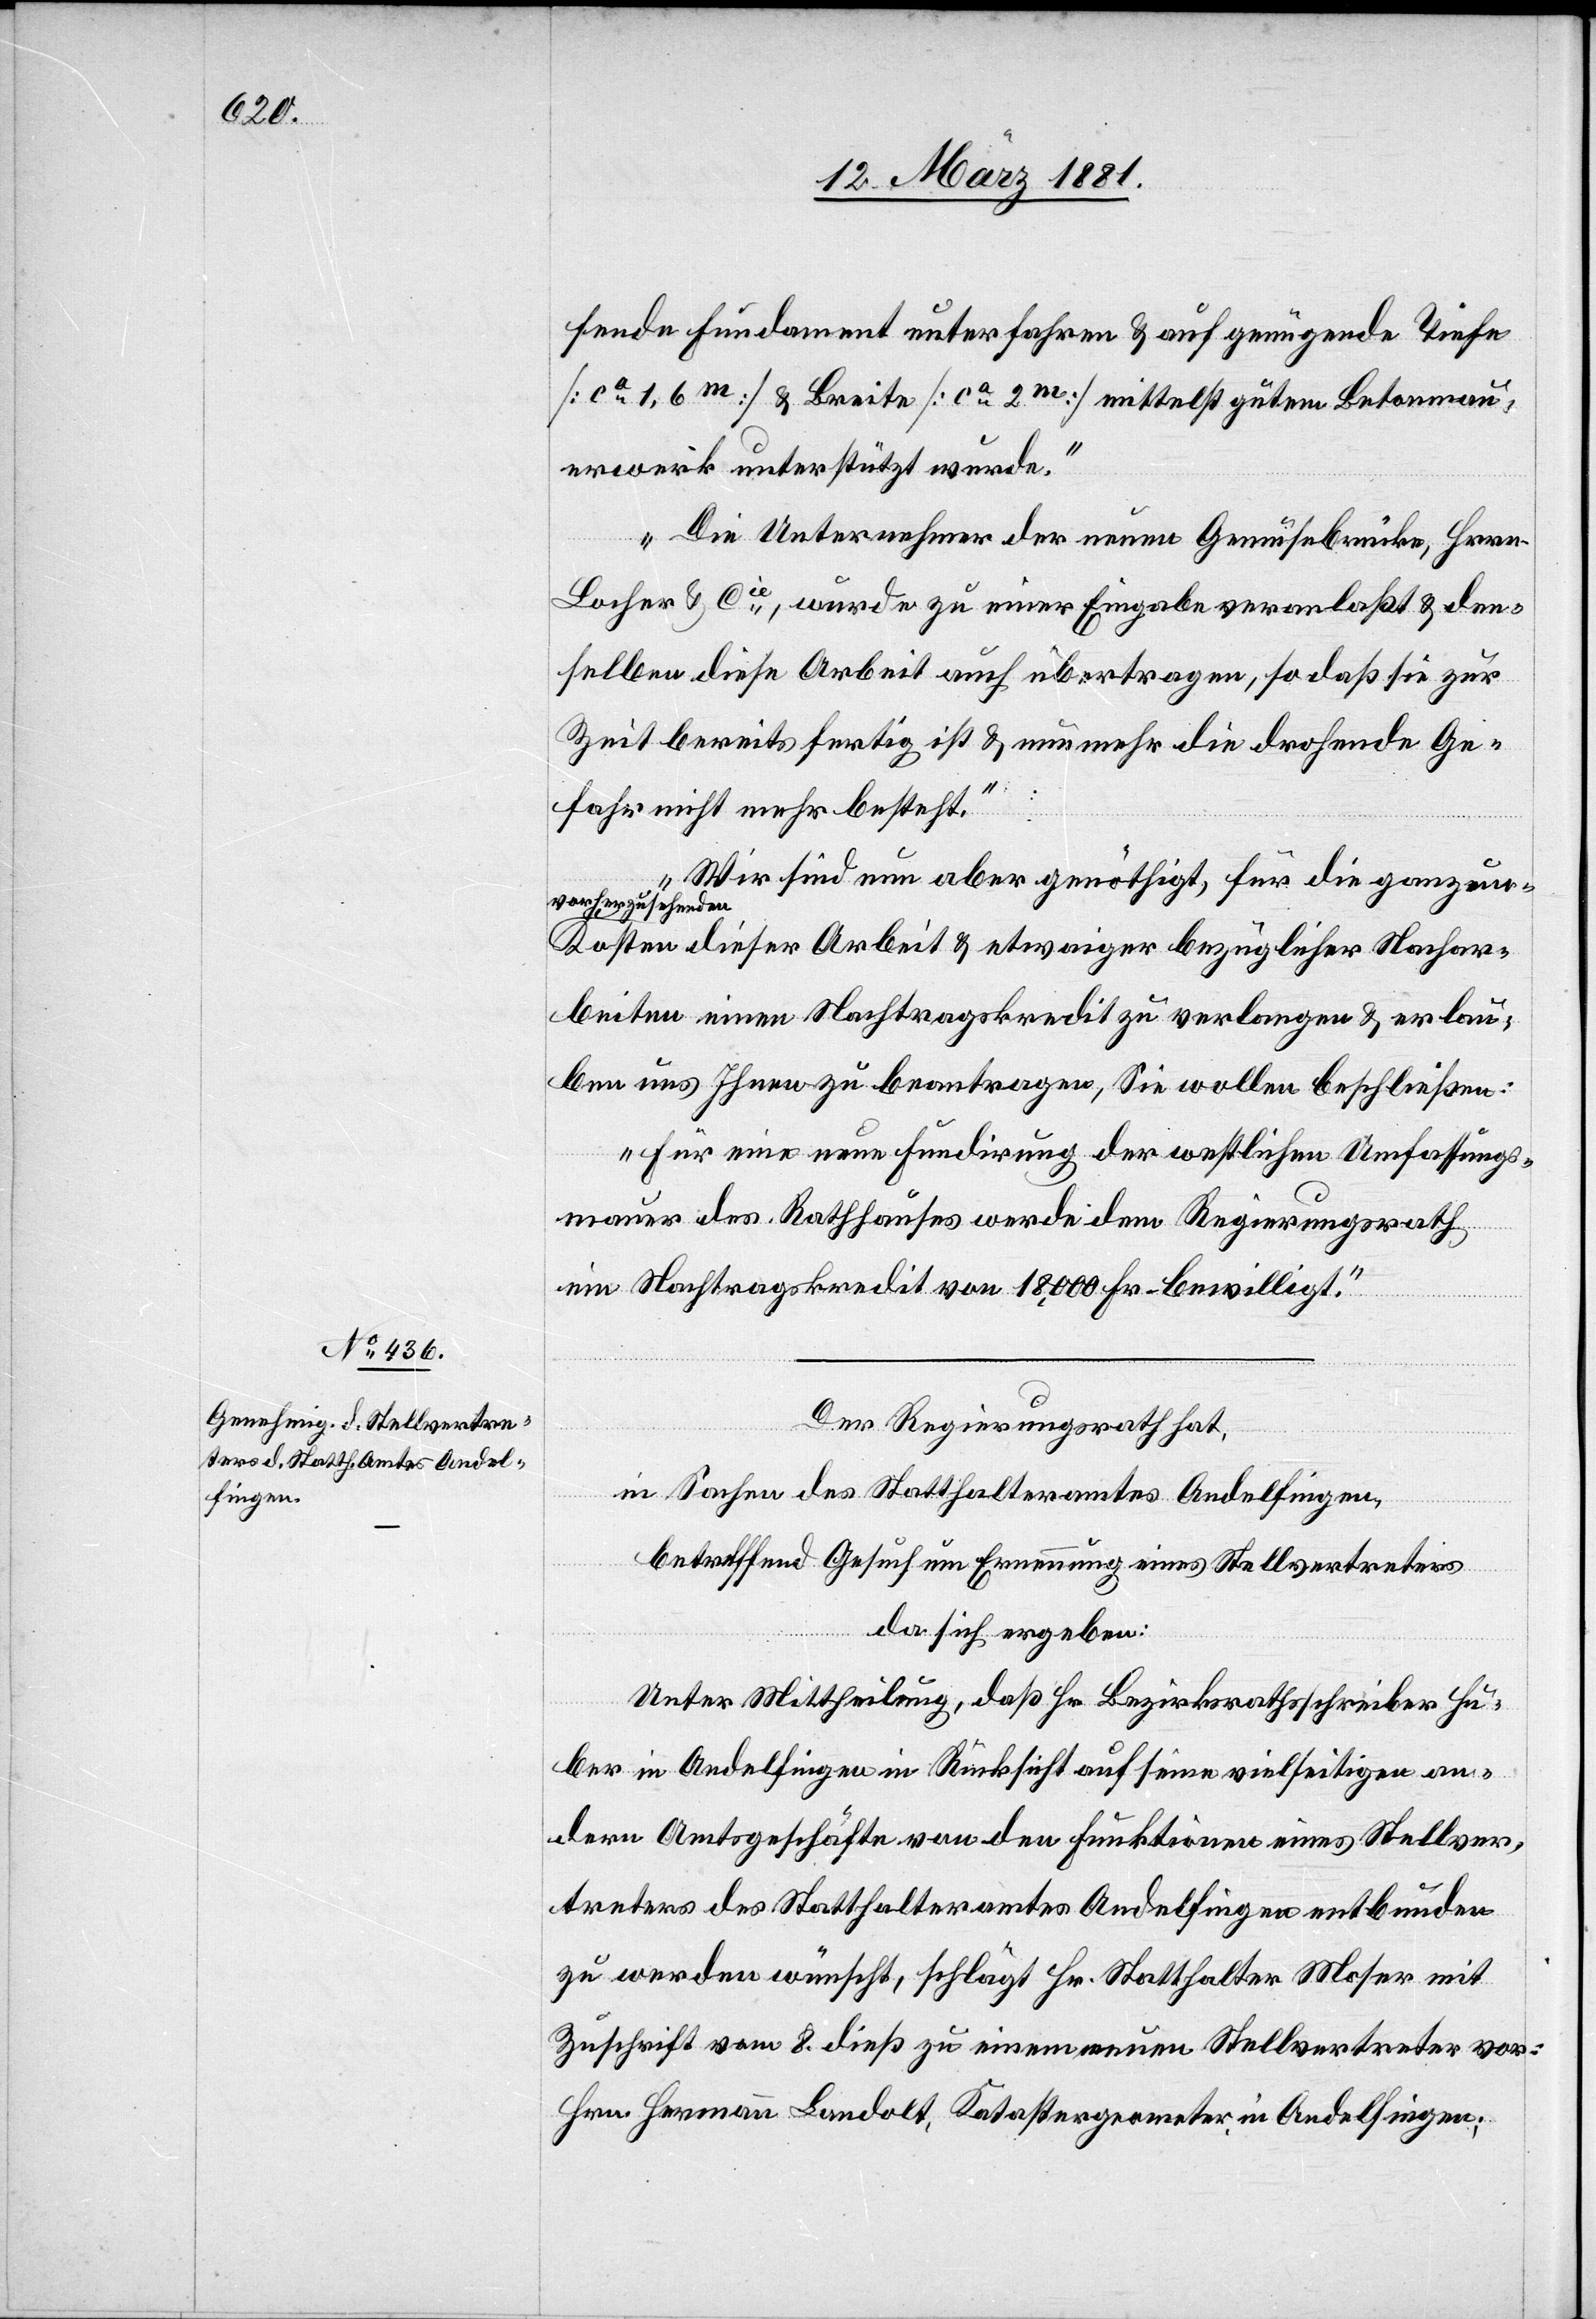
fende Fundament unterfahren & auch genügende Tiefe
[ca 1,6m] & Breite [ca 2m] mittelst gutem Betonmau¬
erwerk unterstützt wurde.“
„Die Unternehmer der neuen Gemüsebrücke, Hrrn.
Locher & Cie, wurde zu einer Eingabe veranlaßt & den¬
selben die Arbeit auch übertragen, so daß sie zur
Zeit bereits fertig ist & nunmehr die drohende Ge¬
fahr nicht mehr besteht.“
„Wir sind nun aber genöthigt, für die ganz un¬
vorherzusehenden
Kosten dieser Arbeit & etwaiger bezüglicher Nachar¬
beiten einen Nachtragskredit zu verlangen & erlau¬
ben uns Ihnen zu beantragen, Sie wollen beschließen:
„Für eine neue Fundirung der westlichen Umfassungs¬
mauer des Rathhauses werde dem Regierungsrath
ein Nachtragskredit von 18,000 Fr. bewilligt.“
Der Regierungsrath hat,
in Sachen des Statthalteramtes Andelfingen,
betreffend Gesuch um Ernennung eines Stellvertreters
da sich ergeben:
Unter Mittheilung, daß Hr. Bezirksrathsschreiber Hu¬
ber in Andelfingen in Rücksicht auf seine vielseitigen an¬
dern Amtsgeschäfte von den Funktionen eines Stellver¬
treters des Statthalteramtes Andelfingen entbunden
zu werden wünscht, schlägt Hr. Statthalter Moser mit
Zuschrift vom 8. dieß zu einem neuen Stellvertreter vor:
Hrn. Hermann Landolt, Katastergeometer in Andelfingen;